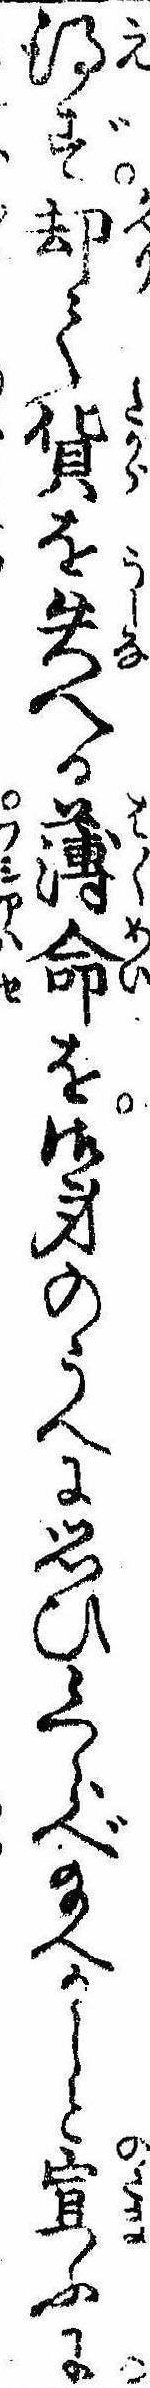
得ず却て貨を失へる薄命を御身のうへに思ひくらべ給へかしと宣ふに